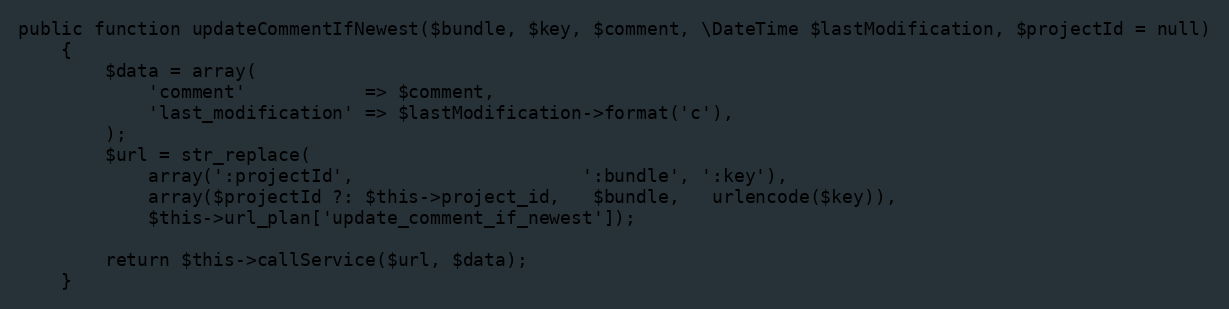
Language: PHP
public function updateCommentIfNewest($bundle, $key, $comment, \DateTime $lastModification, $projectId = null)
    {
        $data = array(
            'comment'           => $comment,
            'last_modification' => $lastModification->format('c'),
        );
        $url = str_replace(
            array(':projectId',                     ':bundle', ':key'),
            array($projectId ?: $this->project_id,   $bundle,   urlencode($key)),
            $this->url_plan['update_comment_if_newest']);

        return $this->callService($url, $data);
    }